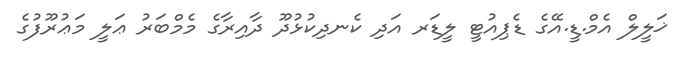
ޚަލީލް އެމް.ޑީ.އޭގެ ޑެޕިއުޓީ ލީޑަރ އަދި ކެނދިކުޅުދޫ ދާއިރާގެ މެމްބަރު ޢަލީ މަޢުރޫފުގެ